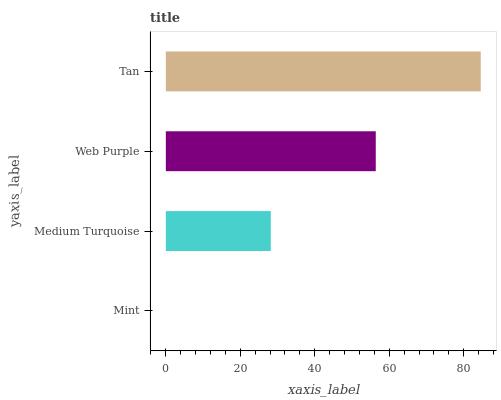
| yaxis_label | bars |
 | --- | --- |
 | Mint | 0 |
 | Medium Turquoise | 28.2 |
 | Web Purple | 56.4 |
 | Tan | 84.6 |